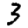
Digit: 3